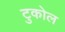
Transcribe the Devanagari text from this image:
टुकोल